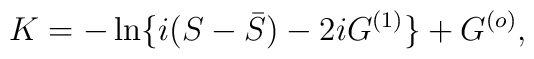
K=-\ln\{i(S - {\bar S}) -2iG^{(1)} \} + G^{(o)},